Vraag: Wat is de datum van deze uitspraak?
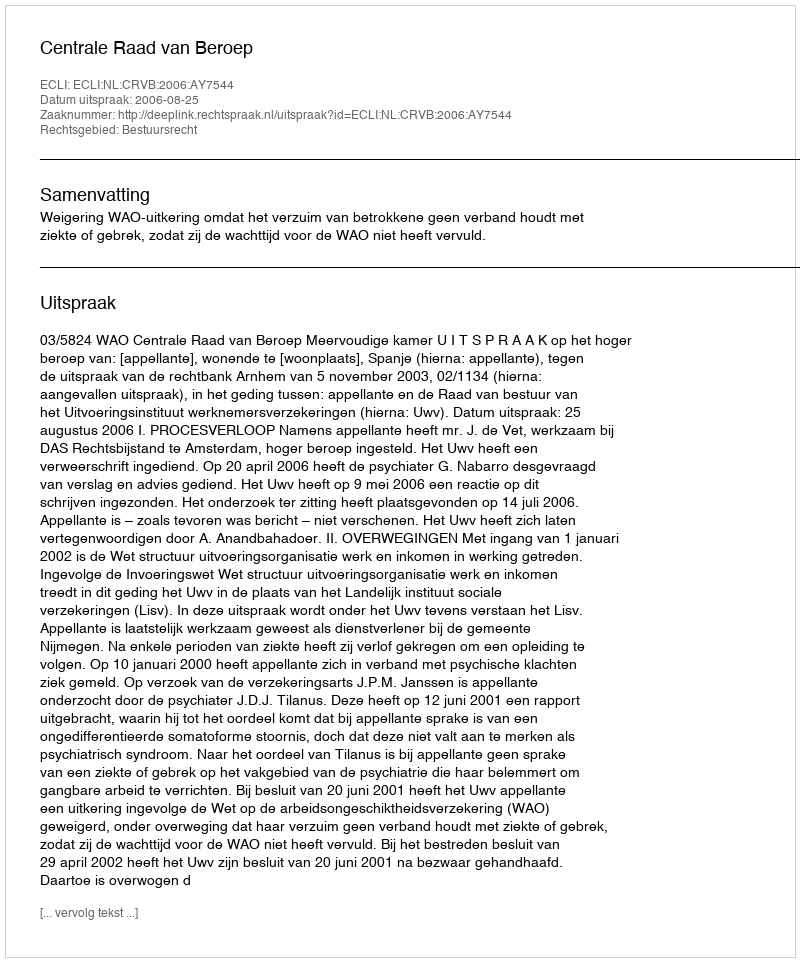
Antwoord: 2006-08-25